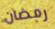
رمضان